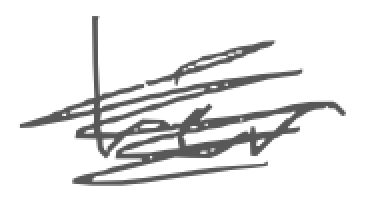
Text: her
Cross-out: scratch
Writing tool: digital_gray